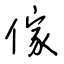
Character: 傢